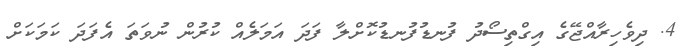
4. ދިވެހިރާއްޖޭގެ އިގްތިސޯދު ފުނޑުފުނޑުކޮށްލާ ފަދަ އަމަލެއް ކުރުން ނުވަތަ އެފަދަ ކަމަކަށް